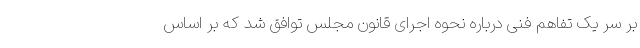
بر سر یک تفاهم فنی درباره نحوه اجرای قانون مجلس توافق شد که بر اساس